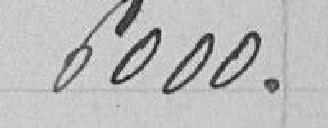
6.000